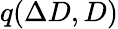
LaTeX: q(\Delta D,D)